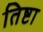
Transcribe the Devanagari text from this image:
तिष्टा